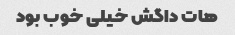
هات داگش خیلی خوب بود